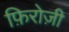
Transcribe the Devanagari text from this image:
फ़िरोज़ी